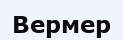
Вермер